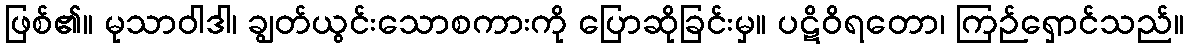
ဖြစ်၏။ မုသာဝါဒါ၊ ချွတ်ယွင်းသောစကားကို ပြောဆိုခြင်းမှ။ ပဋိဝိရတော၊ ကြဉ်ရှောင်သည်။